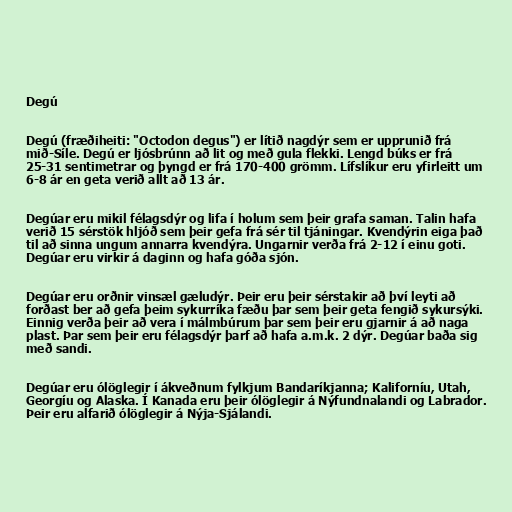
Degú

Degú (fræðiheiti: "Octodon degus") er lítið nagdýr sem er upprunið frá
mið-Síle. Degú er ljósbrúnn að lit og með gula flekki. Lengd búks er frá
25-31 sentimetrar og þyngd er frá 170-400 grömm. Lífslíkur eru yfirleitt um
6-8 ár en geta verið allt að 13 ár.

Degúar eru mikil félagsdýr og lifa í holum sem þeir grafa saman. Talin hafa
verið 15 sérstök hljóð sem þeir gefa frá sér til tjáningar. Kvendýrin eiga það
til að sinna ungum annarra kvendýra. Ungarnir verða frá 2-12 í einu goti.
Degúar eru virkir á daginn og hafa góða sjón.

Degúar eru orðnir vinsæl gæludýr. Þeir eru þeir sérstakir að því leyti að
forðast ber að gefa þeim sykurríka fæðu þar sem þeir geta fengið sykursýki.
Einnig verða þeir að vera í málmbúrum þar sem þeir eru gjarnir á að naga
plast. Þar sem þeir eru félagsdýr þarf að hafa a.m.k. 2 dýr. Degúar baða sig
með sandi.

Degúar eru ólöglegir í ákveðnum fylkjum Bandaríkjanna; Kaliforníu, Utah,
Georgíu og Alaska. Í Kanada eru þeir ólöglegir á Nýfundnalandi og Labrador.
Þeir eru alfarið ólöglegir á Nýja-Sjálandi.